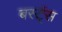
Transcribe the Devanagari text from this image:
बर्स्ट्‌स